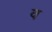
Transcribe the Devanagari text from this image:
व